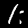
Label: 1